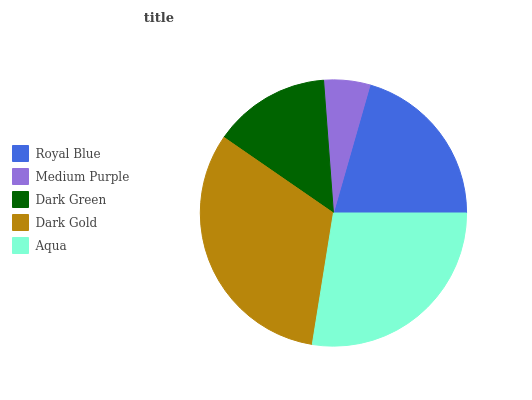
| Royal Blue | Medium Purple | Dark Green | Dark Gold | Aqua |
 | --- | --- | --- | --- | --- |
 | 20.5% | 5.62% | 14.2% | 32.1% | 27.5% |